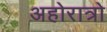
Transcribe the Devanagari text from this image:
अहोरात्रो